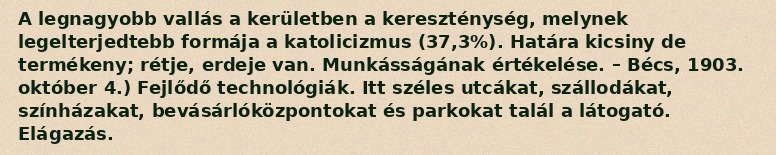
A legnagyobb vallás a kerületben a kereszténység, melynek legelterjedtebb formája a katolicizmus (37,3%). Határa kicsiny de termékeny; rétje, erdeje van. Munkásságának értékelése. – Bécs, 1903. október 4.) Fejlődő technológiák. Itt széles utcákat, szállodákat, színházakat, bevásárlóközpontokat és parkokat talál a látogató. Elágazás.